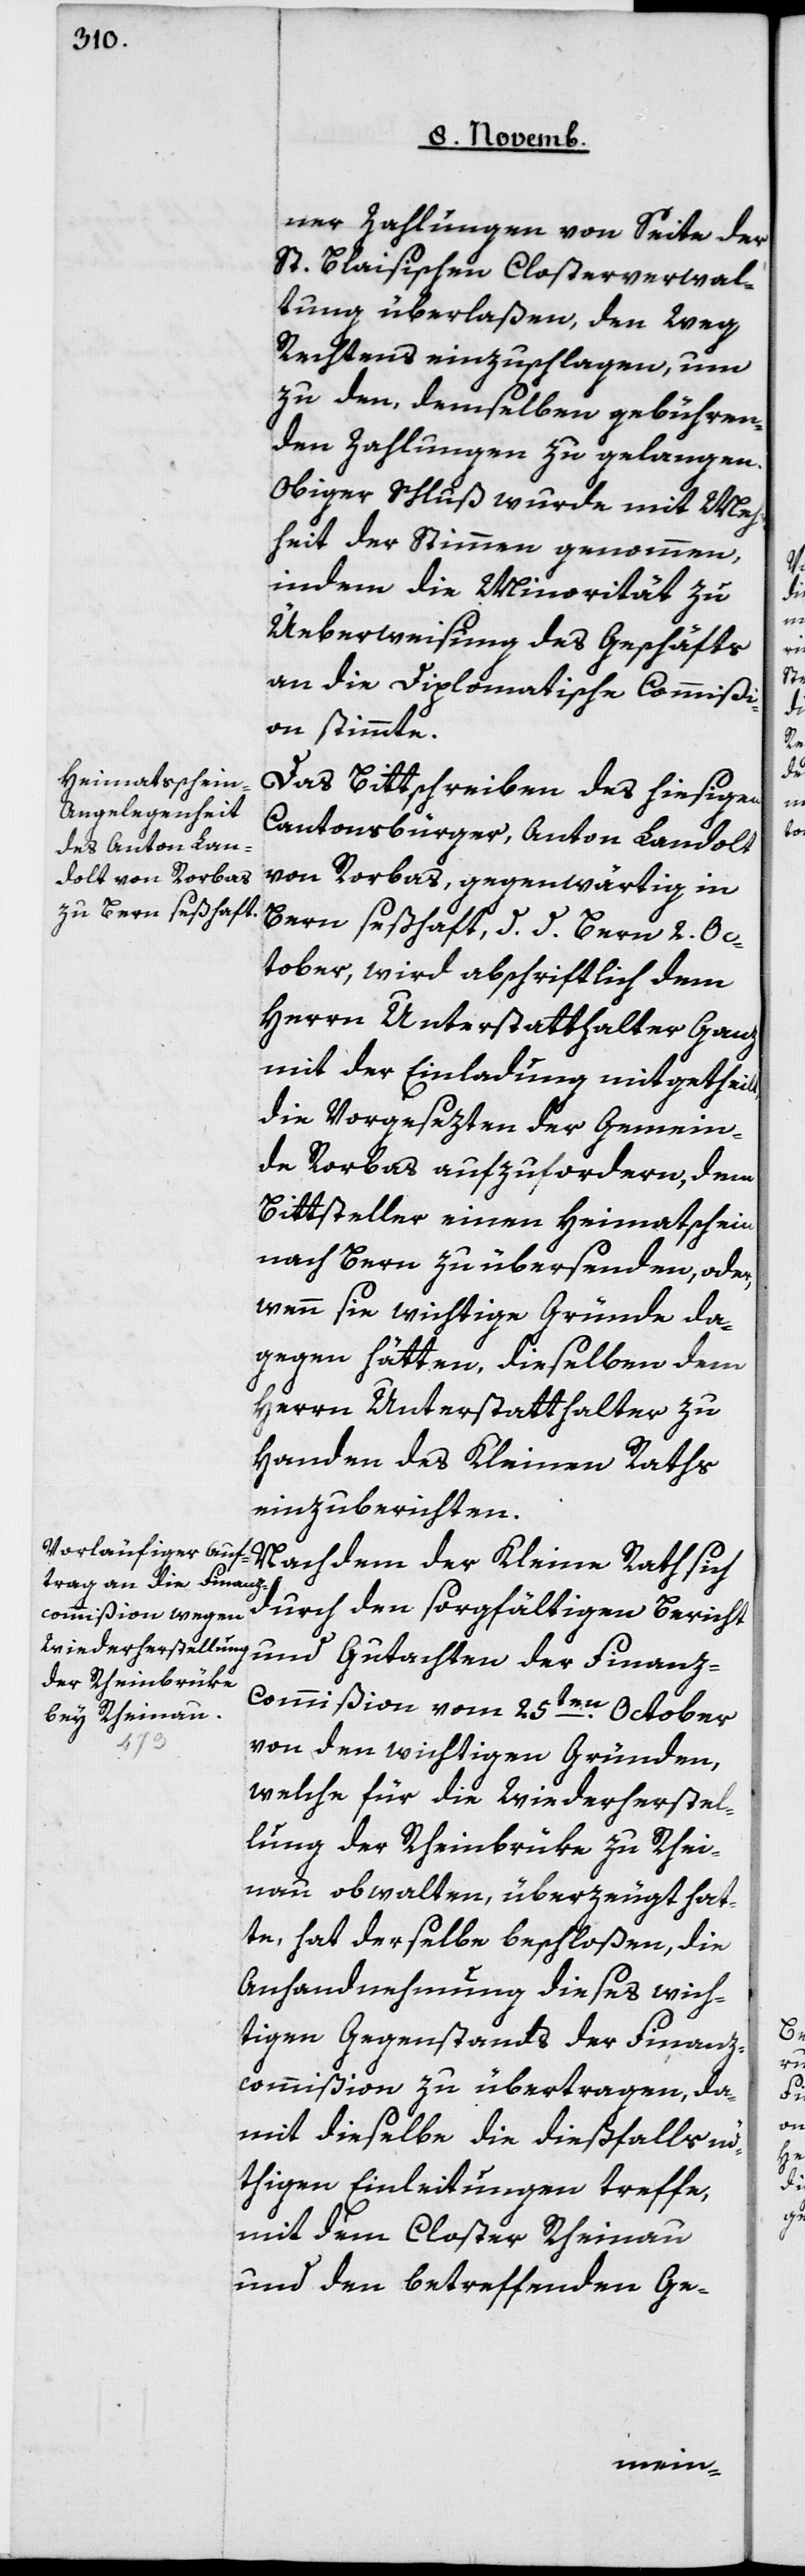
ner Zahlungen von Seite der
St. Blaisischen Closterverwal¬
tung überlaßen, den Weg
Rechtens einzuschlagen, um
zu den, demselben gebühren¬
den Zahlungen zu gelangen.
Obiger Schluß wurde mit Mehr¬
heit der Stimmen genommen,
indem die Minorität zu
Überweisung des Geschäfts
an die Diplomatische Commißi¬
on stimmte.
Das Bittschreiben des hiesigen
Cantonsbürger, Anton Landolt
von Rorbas, gegenwärtig in
Bern seßhaft, d. d. Bern 2 Oc¬
tober, wird abschriftlich dem
Herrn Unterstatthalter Ganz
mit der Einladung mitgetheilt,
die Vorgesezten der Gemein¬
de Rorbas aufzufordern, dem
Bittsteller einen Heimathschein
nach Bern zu übersenden, oder,
wenn sie wichtige Gründe da¬
gegen hätten, dieselben dem
Herrn Unterstatthalter zu
Handen des Kleinen Raths
einzuberichten.
Nachdem der Kleine Rath sich
durch den sorgfältigen Bericht
und Gutachten der Finanz-c¬
ommißion vom 25ten October
von den wichtigen Gründen,
welche für die Wiederherstel¬
lung der Rheinbrücke zu Rhei¬
nau obwalten, überzeugt hat¬
te, hat derselbe beschloßen, die
Anhandnehmung dieses wich¬
igen Gegenstands der Finanz¬
commißion zu übertragen, da¬
mit dieselbe die diesfalls nö¬
thigen Einleitungen treffe,
mit dem Closter Rheinau
und den betreffenden Ge-